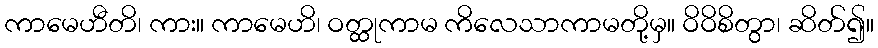
ကာမေဟီတိ၊ ကား။ ကာမေဟိ၊ ဝတ္ထုကာမ ကိလေသာကာမတို့မှ။ ဝိဝိစိတွာ၊ ဆိတ်၍။